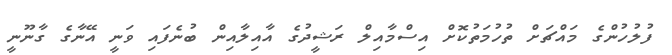
ފުލުހުންގެ މައްޗަށް ތުހުމަތުކޮށް އިސްމާއިލް ރަޝީދުގެ އާއިލާއިން ބުނެފައި ވަނީ އޭނާގެ ގާނޫނީ